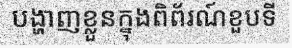
បង្ហាញខ្លួនក្នុងពិព័រណ៍ខួបទី